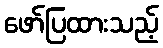
ဖော်ပြထားသည့်